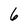
Character: 6